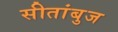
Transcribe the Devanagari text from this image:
सीतांबुज